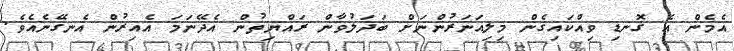
އެމެން އެ ގޮނޑި ވިއްކައިގެން މިލިއަނަރުންނަށް ބަދަލުވާން ރައްޔިތުން އެދޭނަމަ އެއިރުން އެނގޭނެއެވެ.